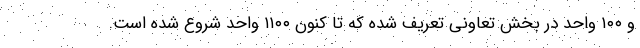
و ۱۰۰ واحد در بخش تعاونی تعریف شده که تا کنون ۱۱۰۰ واحد شروع شده است.